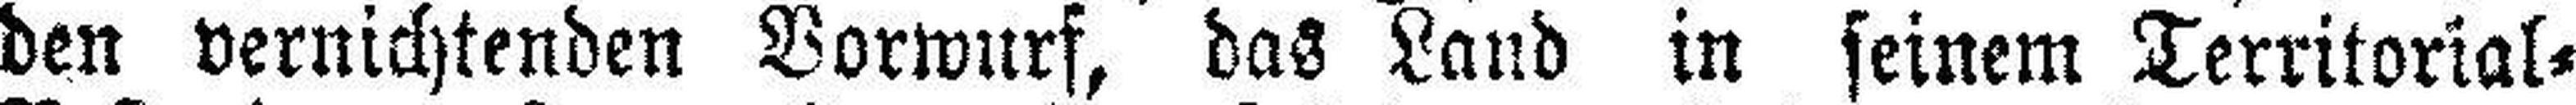
den vernichtenden Vorwurf, das Land in seinem Territorial=